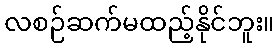
လစဉ်ဆက်မထည့်နိုင်ဘူး။